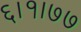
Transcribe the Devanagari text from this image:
६।१।७७